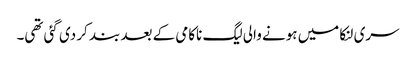
سری لنکا میں ہونے والی لیگ ناکامی کے بعد بند کر دی گئی تھی۔